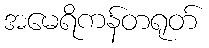
အမေရိကန်တရုတ်